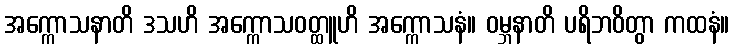
အက္ကောသနာတိ ဒသဟိ အက္ကောသဝတ္ထူဟိ အက္ကောသနံ။ ဝမ္ဘနာတိ ပရိဘဝိတွာ ကထနံ။